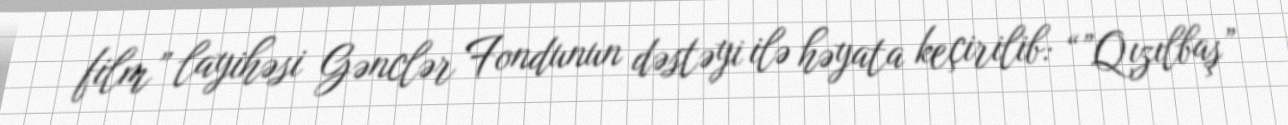
film” layihəsi Gənclər Fondunun dəstəyi ilə həyata keçirilib: “”Qızılbaş”